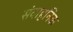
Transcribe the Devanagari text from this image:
संवाहनिक